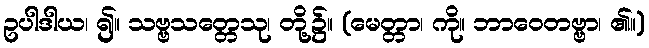
ဥပါဒါယ၊ ၍။ သဗ္ဗသတ္တေသု၊ တို့၌။ (မေတ္တာ၊ ကို။ ဘာဝေတဗ္ဗာ၊ ၏။)